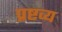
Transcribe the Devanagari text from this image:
प्रष्टव्य